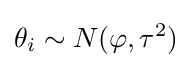
\theta _{i}\sim N(\varphi ,\tau ^{2})